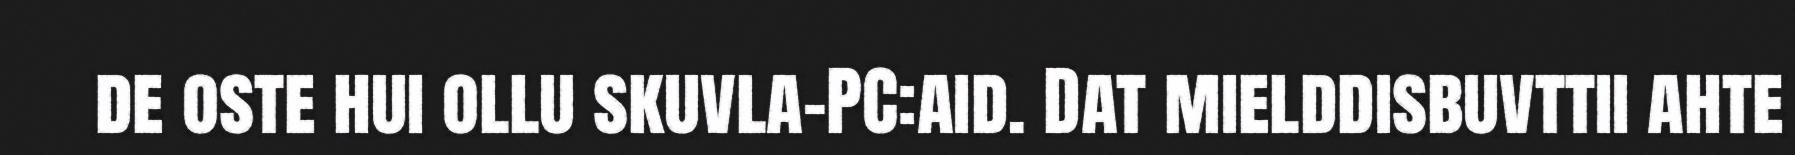
de oste hui ollu skuvla-PC:aid. Dat mielddisbuvttii ahte